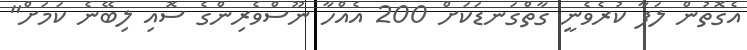
އެގޮތުން ލަފާ ކުރެވެނީ ގާތްގަނޑަކަށް 200 އެއްހާ ނޫސްވެރިންގެ ސޮއި ލިބޭނެ ކަމަށް"